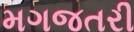
મગજતરી